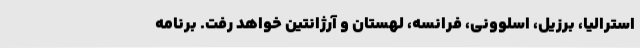
استرالیا، برزیل، اسلوونی، فرانسه، لهستان و آرژانتین خواهد رفت. برنامه